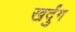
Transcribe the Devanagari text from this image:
खर्दुंग